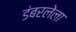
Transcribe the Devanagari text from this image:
डंबरलेला